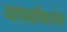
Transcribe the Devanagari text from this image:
व्यावसायिकतेला